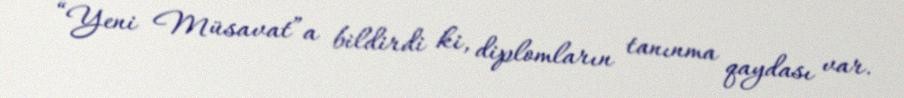
“Yeni Müsavat”a bildirdi ki, diplomların tanınma qaydası var.